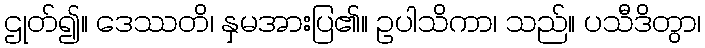
ဌုတ်၍။ ဒေဿတိ၊ နှမအားပြ၏။ ဥပါသိကာ၊ သည်။ ပသီဒိတွာ၊